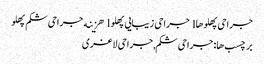
جراحی پهلوها l جراحی زیبایی پهلو l هزینه جراحی شکم پهلو
برچسب ها: جراحی شکم,جراحی لاغری